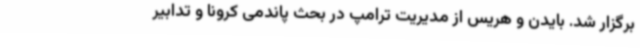
برگزار شد. بایدن و هریس از مدیریت ترامپ در بحث پاندمی کرونا و تدابیر